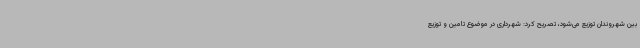
بین شهروندان توزیع می‌شود، تصریح کرد: شهرداری در موضوع تامین و توزیع